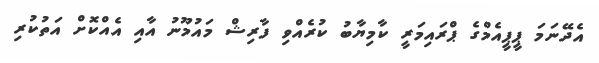
އެދޭނަމަ ޕީޕީއެމްގެ ޕްރައިމަރީ ކާމިޔާބު ކުރެއްވި ފާރިޝް މައުމޫނު އާއި އެއްކޮށް އަތުކުރި